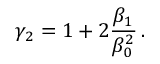
\gamma _ { 2 } = 1 + 2 { \frac { \beta _ { 1 } } { \beta _ { 0 } ^ { 2 } } } \, .